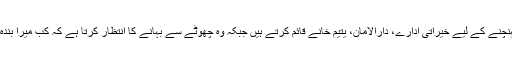
اس ذات تک پہنچنے کے لیے خیراتی ادارے، دارالامان، یتیم خانے قائم کرتے ہیں جبکہ وہ چھوٹے سے بہانے کا انتظار کرتا ہے کہ کب میرا بندہ مجھے پا لے۔